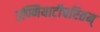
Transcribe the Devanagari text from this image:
उण्णियाटीचरितम्